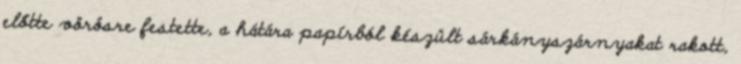
előtte vörösre festette, a hátára papírból készült sárkányszárnyakat rakott,